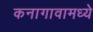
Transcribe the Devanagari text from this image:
कनागावामध्ये